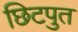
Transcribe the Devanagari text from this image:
छिटपुत